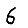
Digit: 6